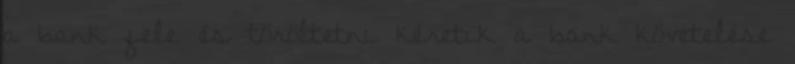
a bank fele és töröltetni kéretik a bank követelése